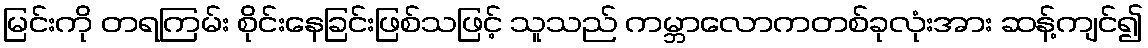
မြင်းကို တရကြမ်း စိုင်းနေခြင်းဖြစ်သဖြင့် သူသည် ကမ္ဘာလောကတစ်ခုလုံးအား ဆန့်ကျင်၍